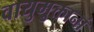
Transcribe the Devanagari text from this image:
वायुमुक्तानां